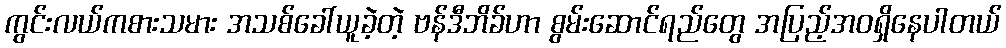
ကွင်းလယ်ကစားသမား အသစ်ခေါ်ယူခဲ့တဲ့ ဗန်ဒီဘိခ်ဟာ စွမ်းဆောင်ရည်တွေ အပြည့်အဝရှိနေပါတယ်